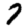
Digit: 7